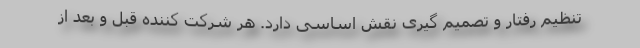
تنظیم رفتار و تصمیم گیری نقش اساسی دارد. هر شرکت کننده قبل و بعد از